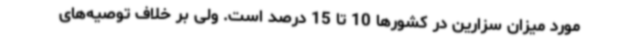
مورد میزان سزارین در کشورها 10 تا 15 درصد است. ولی بر خلاف توصیه‌های